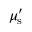
\mu _ { \mathrm { s } } ^ { \prime }